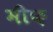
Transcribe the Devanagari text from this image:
मीफ़